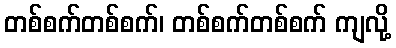
တစ်စက်တစ်စက်၊ တစ်စက်တစ်စက် ကျလို့